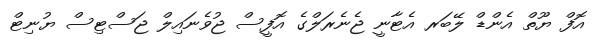
އޮފް ޔޫތް އެންޑް ލޭބަރ އެޓާނީ ޖެނެރަލްގެ އޮފީސް ޖުވެނައިލް ޖަސްޓިސް ޔުނިޓް